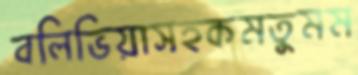
বলিভিয়াসহকমতুমম